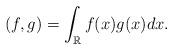
LaTeX: \begin{align*}(f,g)=\int_{\mathbb{R}}f(x)g(x)dx.\end{align*}